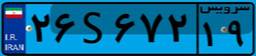
۱۵S۱۵۶۸۰